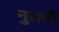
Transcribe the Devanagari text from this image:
नुतनी